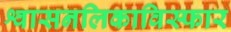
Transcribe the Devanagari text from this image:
श्वासनलिकाविस्फार